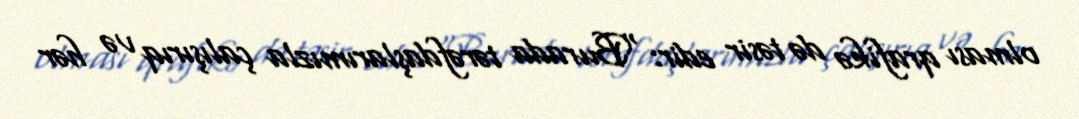
olması qrafikə də təsir edir: "Burada tərəfdaşlarımızla çalışırıq və hər